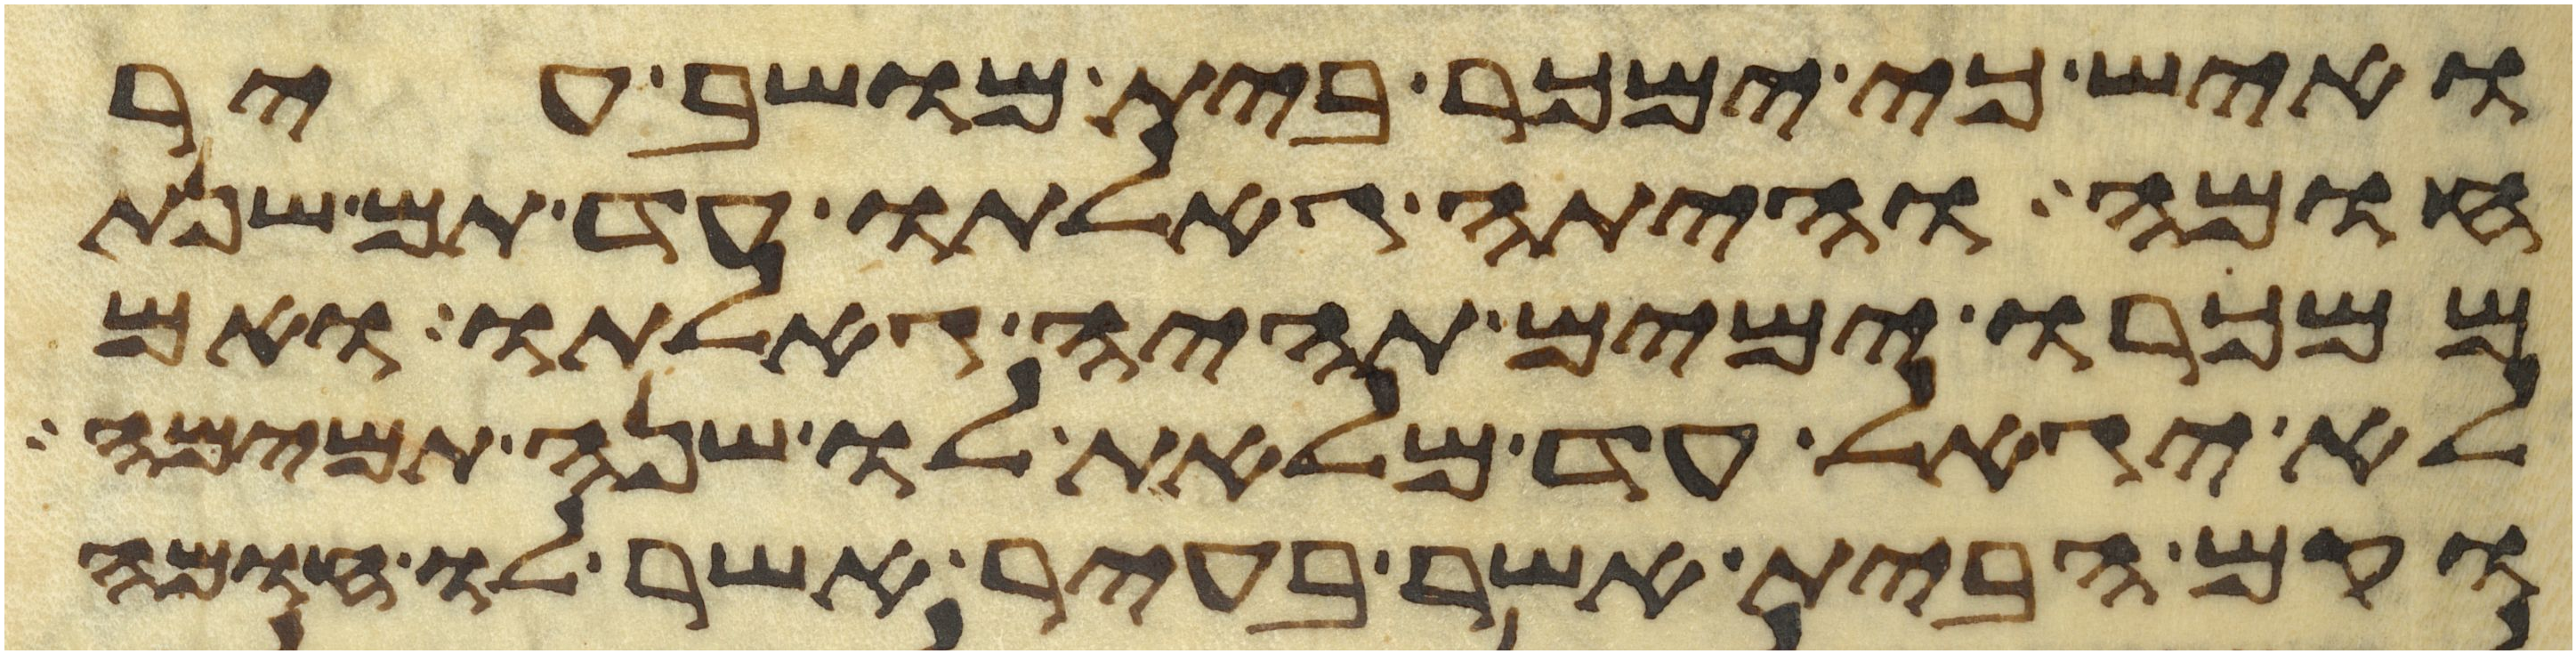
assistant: ואיש כי ימכר בית מושב עיר
חומה והיתה גאלתו עד תם שנת
ממכרו ימים תהיה גאלתו ואם
לא יגאל עד מלאת לו שנה תמימה
וקם הבית אשר בעיר אשר לו חומה